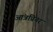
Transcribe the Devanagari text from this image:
आंत्रप्रिनर